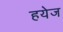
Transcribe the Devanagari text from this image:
हयेज